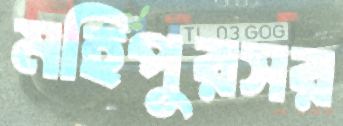
মহিপুরসর